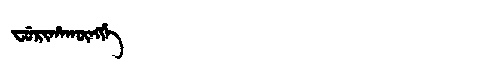
Manchu: ᠸᡠᡵᡳᡥᠠᡴᡡᠩᡤᡝ
Romanization: FURIHAKŪNGGE